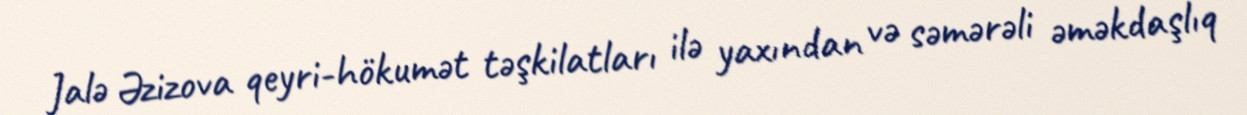
Jalə Əzizova qeyri-hökumət təşkilatları ilə yaxından və səmərəli əməkdaşlıq